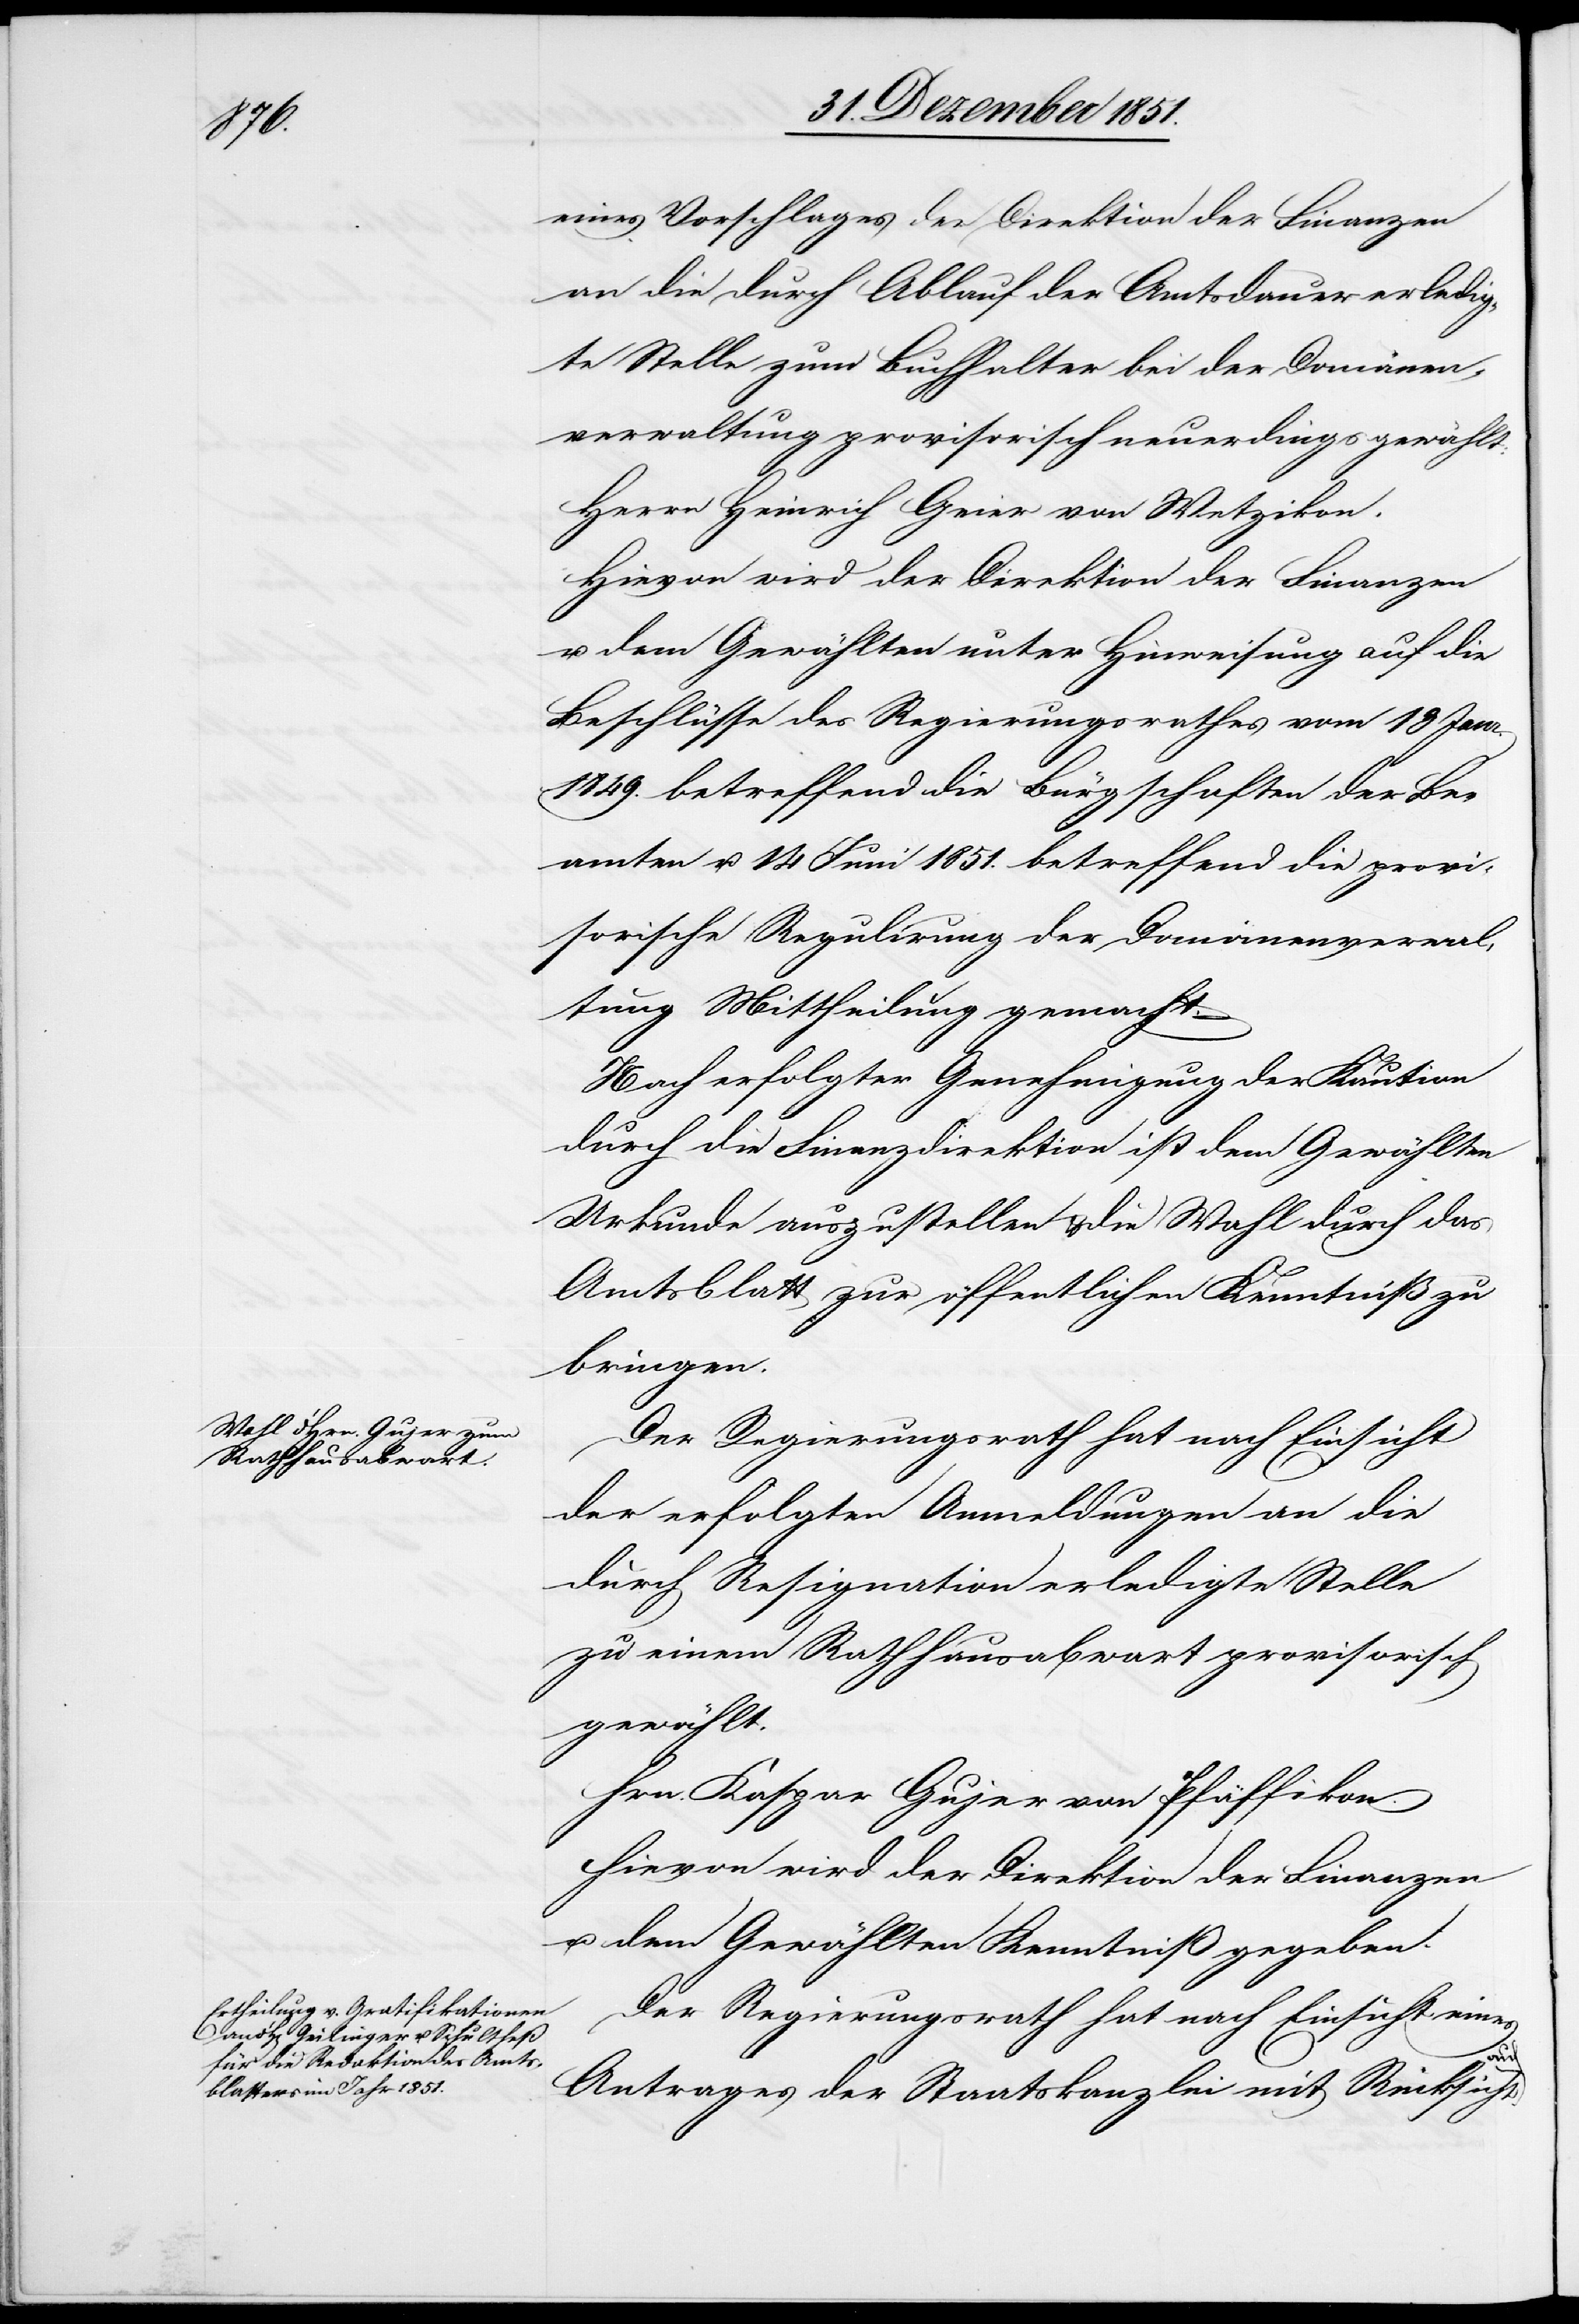
eines Vorschlages der Direktion der Finanzen
an die durch Ablauf der Amtsdauer erledig¬
te Stelle zum Buchhalter bei der Domänen¬
verwaltung provisorisch neuerdings gewählt:
Herrn Heinrich Geier von Wetzikon.
Hievon wird der Direktion der Finanzen
u. dem Gewählten unter Hinweisung auf die
Beschlüsse des Regierungsrathes vom 13 Janr.
1849. betreffend die Bürgschaften der Be¬
amten u. 14 Juni 1851. betreffend die provi¬
sorische Regulirung der Domänenverwal¬
tung Mittheilung gemacht.
Nach erfolgter Genehmigung der Kaution
durch die Finanzdirektion ist dem Gewählten
Urkunde auszustellen & die Wahl durch das
Amtsblatt zur öffentlichen Kenntniß zu
bringen.
Der Regierungsrath hat nach Einsicht
der erfolgten Anmeldungen an die
durch Resignation erledigte Stelle
zu einem Rathhausabwart provisorisch
gewählt.
Hrn. Kaspar Gujer von Pfäffikon.
u. dem Gewählten Kenntniß gegeben.
Der Regierungsrath hat nach Einsicht eines
Antrages der Staatskanzlei mit Rücksicht